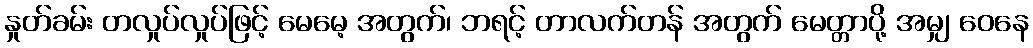
နှုတ်ခမ်း တလှုပ်လှုပ်ဖြင့် မေမေ့ အတွက်၊ ဘရင့် တာလက်တန် အတွက် မေတ္တာပို့ အမျှ ဝေနေ